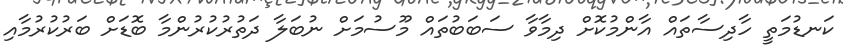
ކަނޑުމަތީ ހާދިސާތައް އާންމުކޮށް ދިމާވާ ސަބަބުތައް މޫސުމަށް ނުބަލާ ދަތުރުކުރުންމާ ބޮޑަށް ބަރުކުރުމާއި